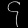
Digit: ၄